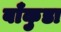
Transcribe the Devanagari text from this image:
बाँकुडा